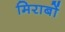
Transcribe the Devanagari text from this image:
मिराबों